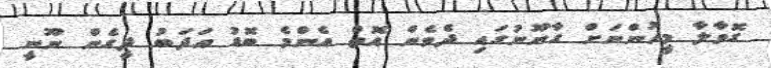
ގޮވާލާ މީހުންނަށް ގާނޫނުގައި ދެވެން އޮތް އެންމެ ބޮޑު އަދަބު ދީގެން ނޫނީ